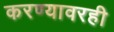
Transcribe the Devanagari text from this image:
करण्यावरही